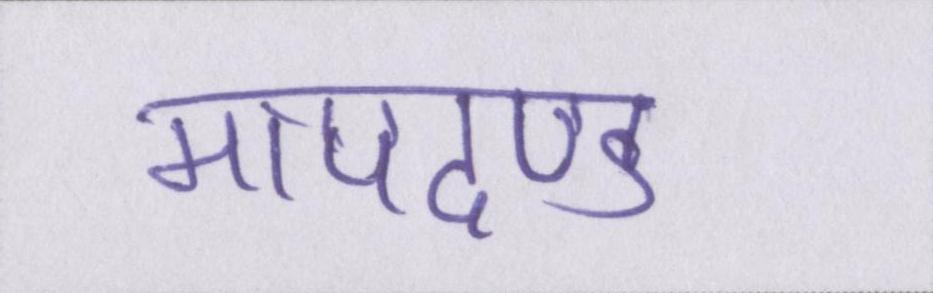
मापदण्ड